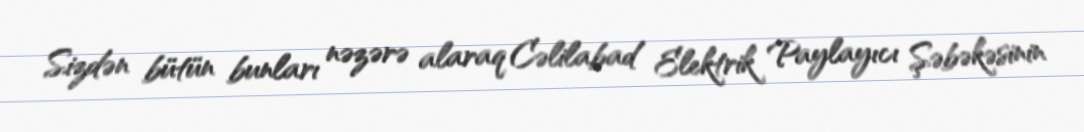
Sizdən bütün bunları nəzərə alaraq Cəlilabad Elektrik Paylayıcı Şəbəkəsinin